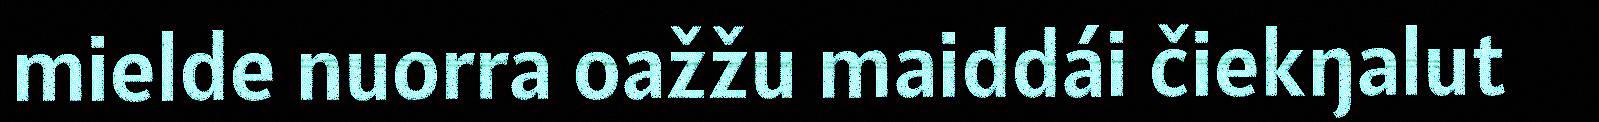
mielde nuorra oažžu maiddái čiekŋalut